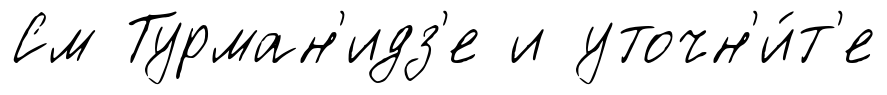
См Турман'идз'е и уточн'и́т'е